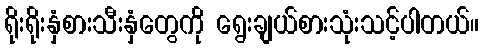
ရိုးရိုးနှံစားသီးနှံတွေကို ရွေးချယ်စားသုံးသင့်ပါတယ်။